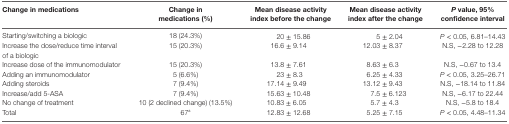
<table><thead><tr><td><b>Change in medications</b></td><td><b>Change in medications (%)</b></td><td><b>Mean disease activity index before the change</b></td><td><b>Mean disease activity index after the change</b></td><td><b><i>P</i> value, 95% confidence interval</b></td></tr></thead><tbody><tr><td>Starting/switching a biologic</td><td>18 (24.3%)</td><td>20 ± 15.86</td><td>5 ± 2.04</td><td><i>P</i> &lt; 0.05, 6.81–14.43</td></tr><tr><td>Increase the dose/reduce time interval of a biologic</td><td>15 (20.3%)</td><td>16.6 ± 9.14</td><td>12.03 ± 8.37</td><td>N.S, −2.28 to 12.28</td></tr><tr><td>Increase dose of the immunomodulator</td><td>15 (20.3%)</td><td>13.8 ± 7.61</td><td>8.63 ± 6.3</td><td>N.S, −0.67 to 13.4</td></tr><tr><td>Adding an immunomodulator</td><td>5 (6.6%)</td><td>23 ± 8.3</td><td>6.25 ± 4.33</td><td><i>P</i> &lt; 0.05, 3.25–26.71</td></tr><tr><td>Adding steroids</td><td>7 (9.4%)</td><td>17.14 ± 9.49</td><td>13.12 ± 9.43</td><td>N.S, −18.14 to 11.84</td></tr><tr><td>Increase/add 5-ASA</td><td>7 (9.4%)</td><td>15.63 ± 10.48</td><td>7.5 ± 6.123</td><td>N.S, −6.17 to 22.44</td></tr><tr><td>No change of treatment</td><td>10 (2 declined change) (13.5%)</td><td>10.83 ± 6.05</td><td>5.7 ± 4.3</td><td>N.S, −5.8 to 18.4</td></tr><tr><td>Total</td><td>67<sup>a</sup></td><td>12.83 ± 12.68</td><td>5.25 ± 7.15</td><td><i>P</i> &lt; 0.05, 4.48–11.34</td></tr></tbody></table>